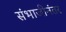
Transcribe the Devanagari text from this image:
संभाजीनंतर